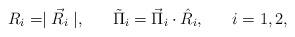
LaTeX: \begin{align*}R_i=\mid\vec{R}_{i}\mid,\;\;\;\;\;\;\tilde{\Pi}_{i}=\vec{\Pi}_{i}\cdot\hat{R}_{i},\;\;\;\;\;\;i=1,2, \end{align*}